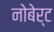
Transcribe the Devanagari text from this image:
नोबेर्ट